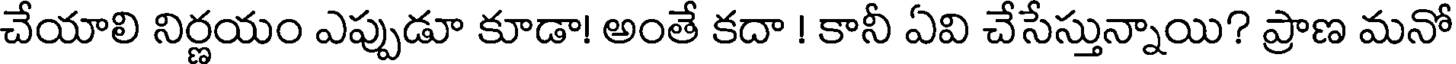
చేయాలి నిర్ణయం ఎప్పుడూ కూడా! అంతే కదా ! కానీ ఏవి చేసేస్తున్నాయి? ప్రాణ మనో